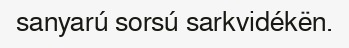
sanyarú sorsú sarkvidékën.